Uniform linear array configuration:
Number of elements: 24
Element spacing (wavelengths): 0.25
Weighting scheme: uniform
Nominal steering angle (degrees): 0
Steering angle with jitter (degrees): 1.271
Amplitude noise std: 0.05
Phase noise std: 0.05

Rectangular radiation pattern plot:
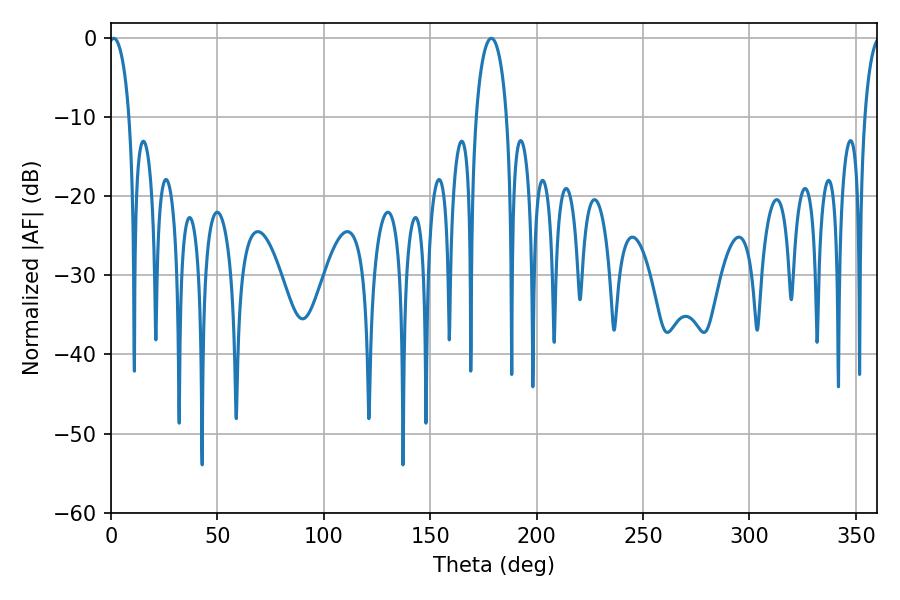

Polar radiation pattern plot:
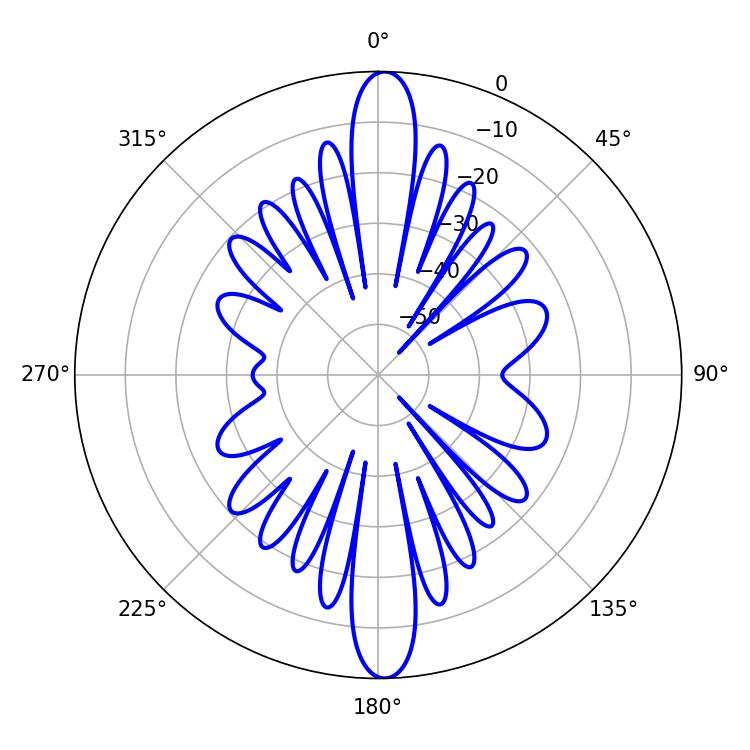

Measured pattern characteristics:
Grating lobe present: FALSE
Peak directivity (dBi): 24.872
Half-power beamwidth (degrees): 5.4
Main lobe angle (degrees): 1.26